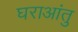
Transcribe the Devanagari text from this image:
घराआंतु